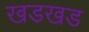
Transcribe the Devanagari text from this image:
खडखड